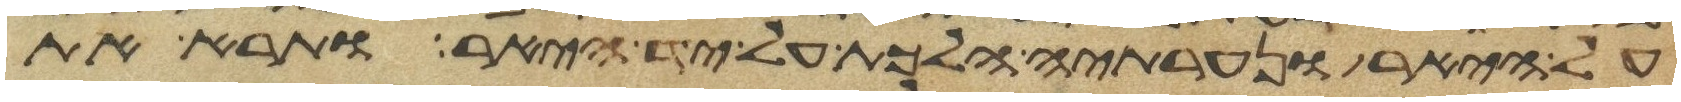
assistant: על היאר ונערתיה הלכת על יד היאר ותרא את